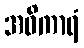
အဝိကာရံ